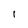
Character: 1